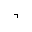
\urcorner